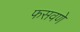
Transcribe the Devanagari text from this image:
फसवणे